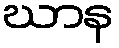
ဃာန